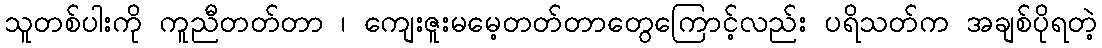
သူတစ်ပါးကို ကူညီတတ်တာ ၊ ကျေးဇူးမမေ့တတ်တာတွေကြောင့်လည်း ပရိသတ်က အချစ်ပိုရတဲ့